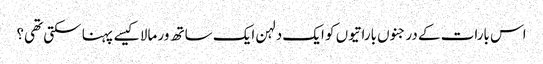
اس بارات کے درجنوں باراتیوں کو ایک دلہن ایک ساتھ ور مالا کیسے پہنا سکتی تھی؟